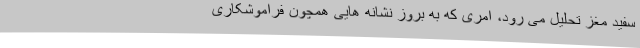
سفید مغز تحلیل می رود، امری که به بروز نشانه هایی همچون فراموشکاری